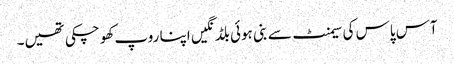
آس پاس کی سیمنٹ سے بنی ہوئی بلڈنگیں اپنا روپ کھو چکی تھیں۔